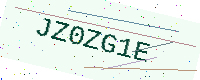
Text: JZ0ZG1E